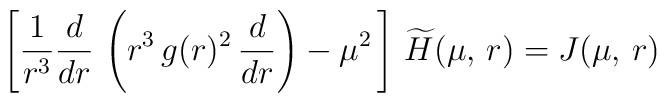
\left[  \frac{1}{r^3} \frac{d}{dr} \, \left( r^3 \, g(r)^2 \, \frac{d}{dr}  \right)  - \mu^2 \,\right]  \, \widetilde{H}(\mu,\,r) = J(\mu,\,r)